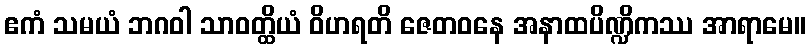
ဧကံ သမယံ ဘဂဝါ သာဝတ္ထိယံ ဝိဟရတိ ဇေတဝနေ အနာထပိဏ္ဍိကဿ အာရာမေ။